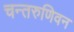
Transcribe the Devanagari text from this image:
चन्तरुणिवन